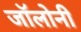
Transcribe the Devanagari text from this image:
जॉलोनी